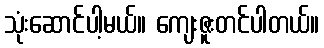
သုံးဆောင်ပါ့မယ်။ ကျေးဇူးတင်ပါတယ်။